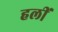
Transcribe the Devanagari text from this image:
हलीं